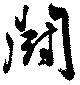
鬪